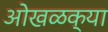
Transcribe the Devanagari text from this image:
ओखळक्या